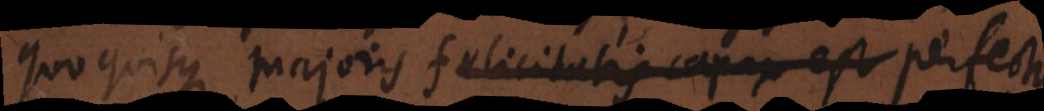
quo quisque majoris felicitatis perfecti